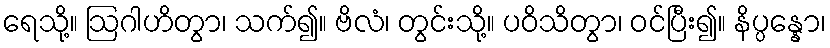
ရေသို့။ ဩဂါဟိတွာ၊ သက်၍။ ဗိလံ၊ တွင်းသို့။ ပဝိသိတွာ၊ ဝင်ပြီး၍။ နိပ္ပန္နော၊